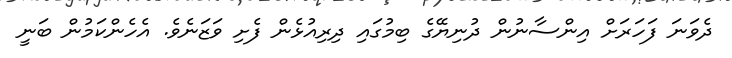
ދެވަނަ ފަހަރަށް އިންސާނުން ދުނިޔޭގެ ބިމުގައި ދިރިއުޅެން ފެށި ވަޒަނެވެ. އެހެންކަމުން ބަނީ